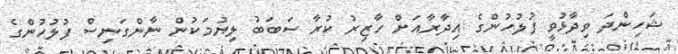
ޝަހިންދަ ވިދާޅުވީ ފުލުހުންގެ އިދާރާއަށް ހާޒިރު ކުރާ ސަަބަބު ލިޔުމަކުން ނާންގަނިސް ފުލުހުންގެ